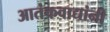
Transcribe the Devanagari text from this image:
आतंकवाद्यांनी